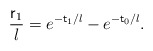
\begin{align*}\frac{{\sf r}_1}{l}=e^{-{\sf t}_1/l}-e^{-{\sf t}_0/l}.\end{align*}